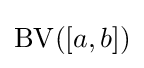
\operatorname {BV} ([a,b])